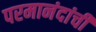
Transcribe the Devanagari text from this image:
परमानंदांची